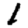
Digit: 1